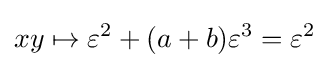
xy\mapsto \varepsilon ^{2}+(a+b)\varepsilon ^{3}=\varepsilon ^{2}